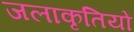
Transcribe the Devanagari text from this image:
जलाकृतियों